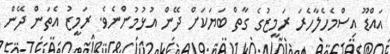
އައްޑޫ އިސްމެހެލާހެރަ ރަމީޒުގެ ގާތް ބަޔަކަށް ދޭން އުޅުމުންނެވެ. ރަމީޒު އެތަން ދޭން